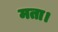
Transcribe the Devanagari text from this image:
मता।